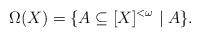
LaTeX: \begin{align*}\Omega(X)=\{ A\subseteq [X]^{< \omega} \mid A \}.\end{align*}